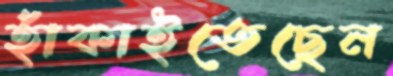
হাঁকাইতেছেন